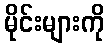
မိုင်းများကို